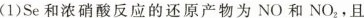
(1)Se和浓硝酸反应的还原产物为NO和NO_{2}，且